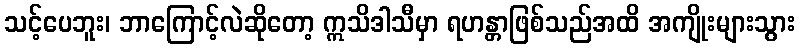
သင့်ပေဘူး၊ ဘာကြောင့်လဲဆိုတော့ ဣသိဒါသီမှာ ရဟန္တာဖြစ်သည်အထိ အကျိုးများသွား